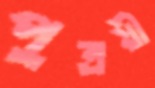
পুত্রয়ী